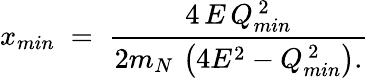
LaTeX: x_{min}\; =\; {\frac{4\, E\, Q_{min}^{\, 2}}{{2m_{N}\, \left({4E^{2}-Q_{min}^{\, 2}}\right)}.}}